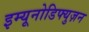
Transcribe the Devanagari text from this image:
इम्यूनोडिफ्युज़न